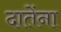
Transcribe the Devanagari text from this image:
दातेंना